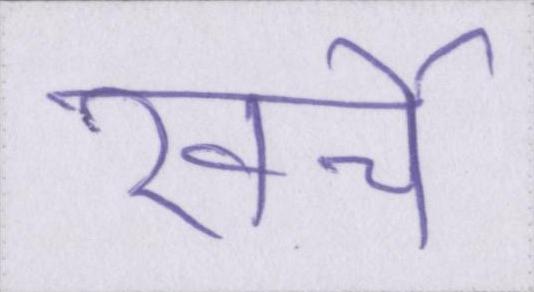
खर्चे